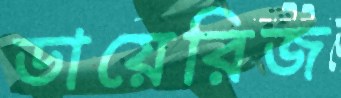
ডায়েরিজ